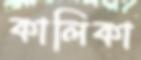
কালিকা